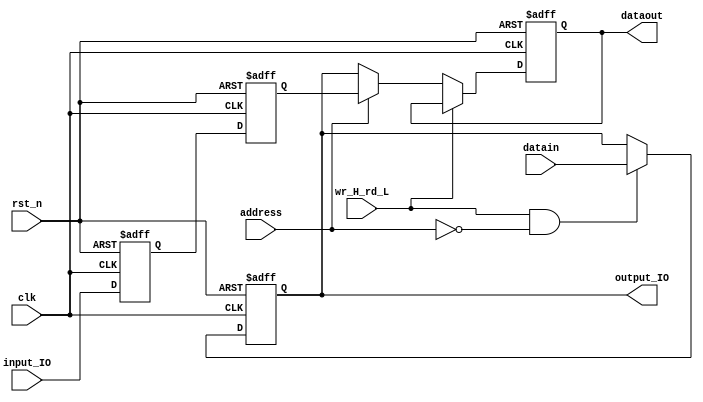
module IO(
input clk,
input rst_n,

input address,
input wr_H_rd_L,

input [31:0]datain,
output reg[31:0]dataout,

input [31:0] input_IO,
output reg [31:0] output_IO
);

reg [31:0]input_IO_reg1;
reg [31:0]input_IO_reg2;

always @(posedge clk or negedge rst_n)
	if(!rst_n)
		begin
			input_IO_reg1<=32'b0;
			input_IO_reg2<=32'b0;
		end
	else
		begin
			input_IO_reg1<=input_IO;
			input_IO_reg2<=input_IO_reg1;
		end
		
always @(posedge clk or negedge rst_n)
	if(!rst_n)
		dataout<=32'b0;
	else if(!wr_H_rd_L)
		if(address)
			dataout<=input_IO_reg2;
		else
			dataout<=output_IO;
			
always @(posedge clk or negedge rst_n)
	if(!rst_n)
		output_IO<=32'b0;
	else if(wr_H_rd_L & !address)
		output_IO<=datain;
endmodule